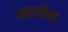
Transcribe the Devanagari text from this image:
खारवेलः